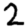
Digit: 2